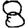
Digit: 8